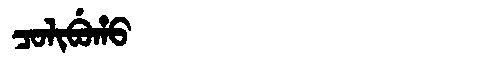
Manchu: ᠴᠣᠯᡳᠪᡠᡥᠣ
Romanization: COLIBUHO